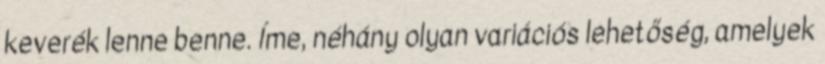
keverék lenne benne. Íme, néhány olyan variációs lehetőség, amelyek